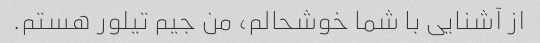
از آشنایی با شما خوشحالم، من جیم تیلور هستم.